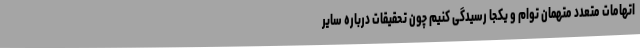
اتهامات متعدد متهمان توام و یکجا رسیدگی کنیم چون تحقیقات درباره سایر